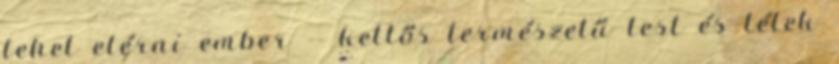
lehet elérni ember -- kettős természetű test és lélek